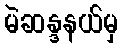
မဲဆန္ဒနယ်မှ